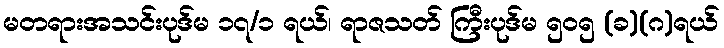
မတရားအသင်းပုဒ်မ ၁၇/၁ ရယ်၊ ရာဇသတ် ကြီးပုဒ်မ ၅၀၅ (ခ)(ဂ)ရယ်